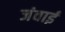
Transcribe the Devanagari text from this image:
जंवाई